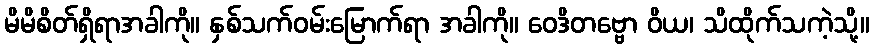
မိမိစိတ်ရှိရာအခါကို။ နှစ်သက်ဝမ်းမြောက်ရာ အခါကို။ ဝေဒိတဗ္ဗော ဝိယ၊ သိထိုက်သကဲ့သို့။